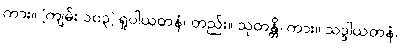
ကား။ [ကျမ်း ၁၀၃] ရူပါယတနံ၊ တည်း။ သုတန္တိ၊ ကား။ သဒ္ဒါယတနံ၊